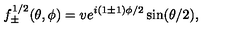
f _ { \pm } ^ { 1 / 2 } ( \theta , \phi ) = v e ^ { i ( 1 \pm 1 ) \phi / 2 } \sin ( \theta / 2 ) ,